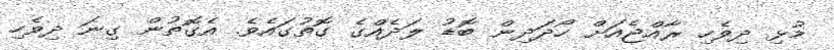
މުޅި ދިވެހި ރާއްޖެއަށް ހޯދަދިން ބޮޑު ލަދެއްގެ ގޮތުގައެވެ. އެގޮތުން ގިނަ ދިވެހި